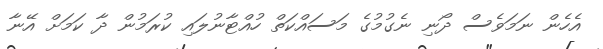
އެހެން ނަމަވެސް ދޯނި ނެގުމުގެ މަސައްކަތް ހުއްޓާނުލައި ކުރަމުން ދާ ކަމަށް އޭނާ